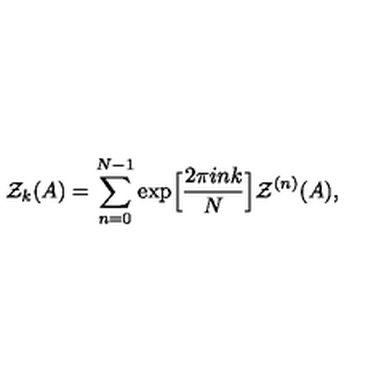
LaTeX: { \cal Z } _ { k } ( A ) = \sum _ { n = 0 } ^ { N - 1 } \exp \Bigl [ \frac { 2 \pi i n k } { N } \Bigr ] { \cal Z } ^ { ( n ) } ( A ) ,